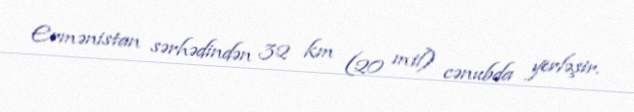
Ermənistan sərhədindən 32 km (20 mil) cənubda yerləşir.